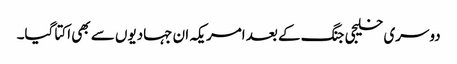
دوسری خلیجی جنگ کے بعد امریکہ ان جہادیوں سے بھی اکتا گیا۔